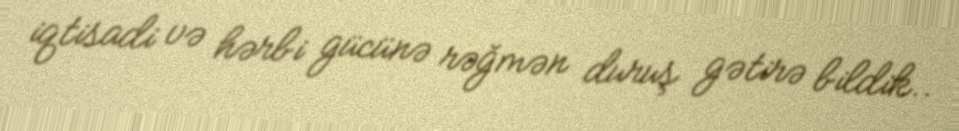
iqtisadi və hərbi gücünə rəğmən duruş gətirə bildik..